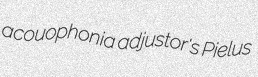
acouophonia adjustor's Pielus